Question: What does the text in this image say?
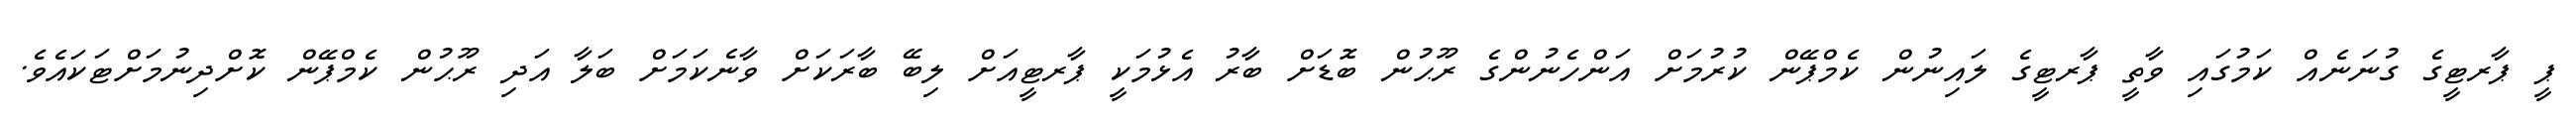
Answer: ޕީ ޕާރޓީގެ ގުނަނެއް ކަމުގައި ވާތީ ޕާރޓީގެ ލައިނުން ކެމްޕޭން ކުރުމަށް އަންހެނުންގެ ރޫޙުން ބޮޑަށް ބާރު އެޅުމަކީ ޕާރޓީއަށް ލިބޭ ބާރަކަށް ވާނެކަމަށް ބަލާ އަދި ރޫޙުން ކެމްޕޭން ކޮށްދިނުމަށްޓަކައެވެ.